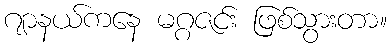
ဂျာနယ်ကနေ မဂ္ဂဇင်း ဖြစ်သွားတာ။